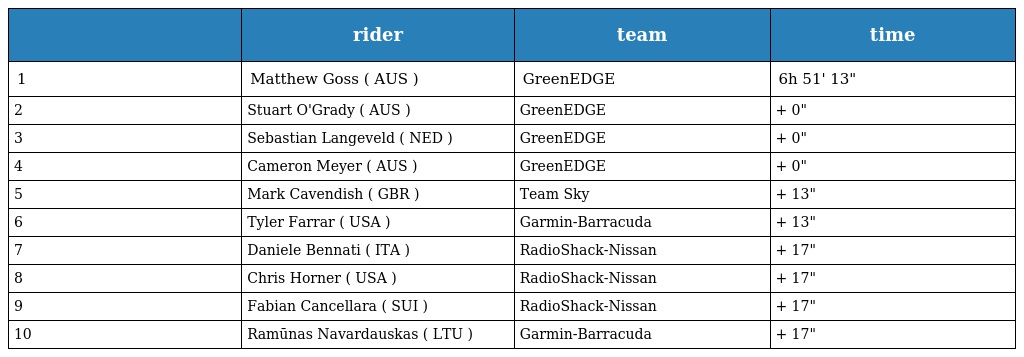
|  | rider | team | time |
 | --- | --- | --- | --- |
 | 1 | Matthew Goss ( AUS ) | GreenEDGE | 6h 51' 13" |
 | 2 | Stuart O'Grady ( AUS ) | GreenEDGE | + 0" |
 | 3 | Sebastian Langeveld ( NED ) | GreenEDGE | + 0" |
 | 4 | Cameron Meyer ( AUS ) | GreenEDGE | + 0" |
 | 5 | Mark Cavendish ( GBR ) | Team Sky | + 13" |
 | 6 | Tyler Farrar ( USA ) | Garmin-Barracuda | + 13" |
 | 7 | Daniele Bennati ( ITA ) | RadioShack-Nissan | + 17" |
 | 8 | Chris Horner ( USA ) | RadioShack-Nissan | + 17" |
 | 9 | Fabian Cancellara ( SUI ) | RadioShack-Nissan | + 17" |
 | 10 | Ramūnas Navardauskas ( LTU ) | Garmin-Barracuda | + 17" |